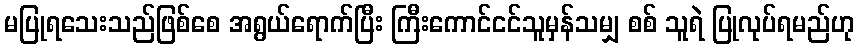
မပြုရသေးသည်ဖြစ်စေ အရွယ်ရောက်ပြီး ကြီးကောင်ငင်သူမှန်သမျှ စစ် သူရဲ ပြုလုပ်ရမည်ဟု